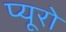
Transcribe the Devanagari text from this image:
प्यूरो